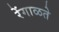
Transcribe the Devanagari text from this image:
रेंगाळते